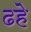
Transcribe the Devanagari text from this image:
ढहे